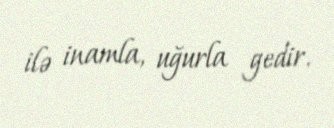
ilə inamla, uğurla gedir.